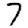
Digit: 7